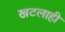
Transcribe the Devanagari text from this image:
खटलाही